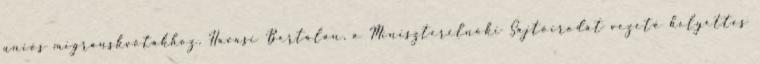
uniós migránskvótákhoz. Havasi Bertalan, a Miniszterelnöki Sajtóirodát vezető helyettes